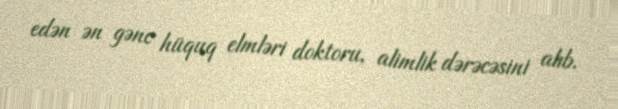
edən ən gənc hüquq elmləri doktoru, alimlik dərəcəsini alıb.